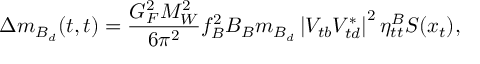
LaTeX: \Delta m _ { B _ { d } } ( t , t ) = \frac { G _ { F } ^ { 2 } M _ { W } ^ { 2 } } { 6 \pi ^ { 2 } } f _ { B } ^ { 2 } B _ { B } m _ { B _ { d } } \left| V _ { t b } V _ { t d } ^ { * } \right| ^ { 2 } \eta _ { t t } ^ { B } S ( x _ { t } ) ,